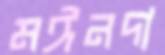
মঈনদা